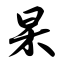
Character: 杲